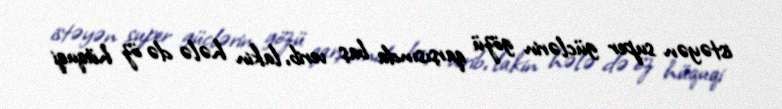
istəyən super güclərin gözü qarşısında baş verib, lakin hələ də öz hüquqi